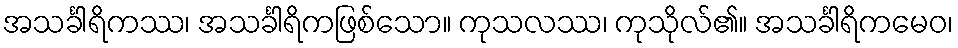
အသင်္ခါရိကဿ၊ အသင်္ခါရိကဖြစ်သော။ ကုသလဿ၊ ကုသိုလ်၏။ အသင်္ခါရိကမေဝ၊